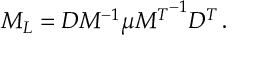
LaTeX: M _ { L } = D M ^ { - 1 } \mu { M ^ { T } } ^ { - 1 } D ^ { T } \, .